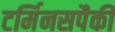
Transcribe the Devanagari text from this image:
टर्मिनसपैकी